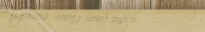
تخطيط زفاف روتانا: تصميم